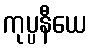
ကုပ္ပနီယေ